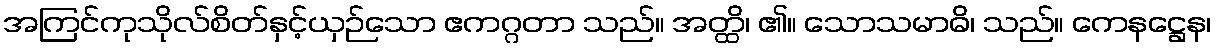
အကြင်ကုသိုလ်စိတ်နှင့်ယှဉ်သော ဧကဂ္ဂတာ သည်။ အတ္ထိ၊ ၏။ သောသမာဓိ၊ သည်။ ကေနဋ္ဌေန၊